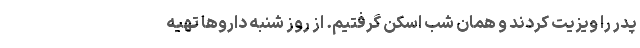
پدر را ویزیت کردند و همان شب اسکن گرفتیم. از روز شنبه داروها تهیه‌